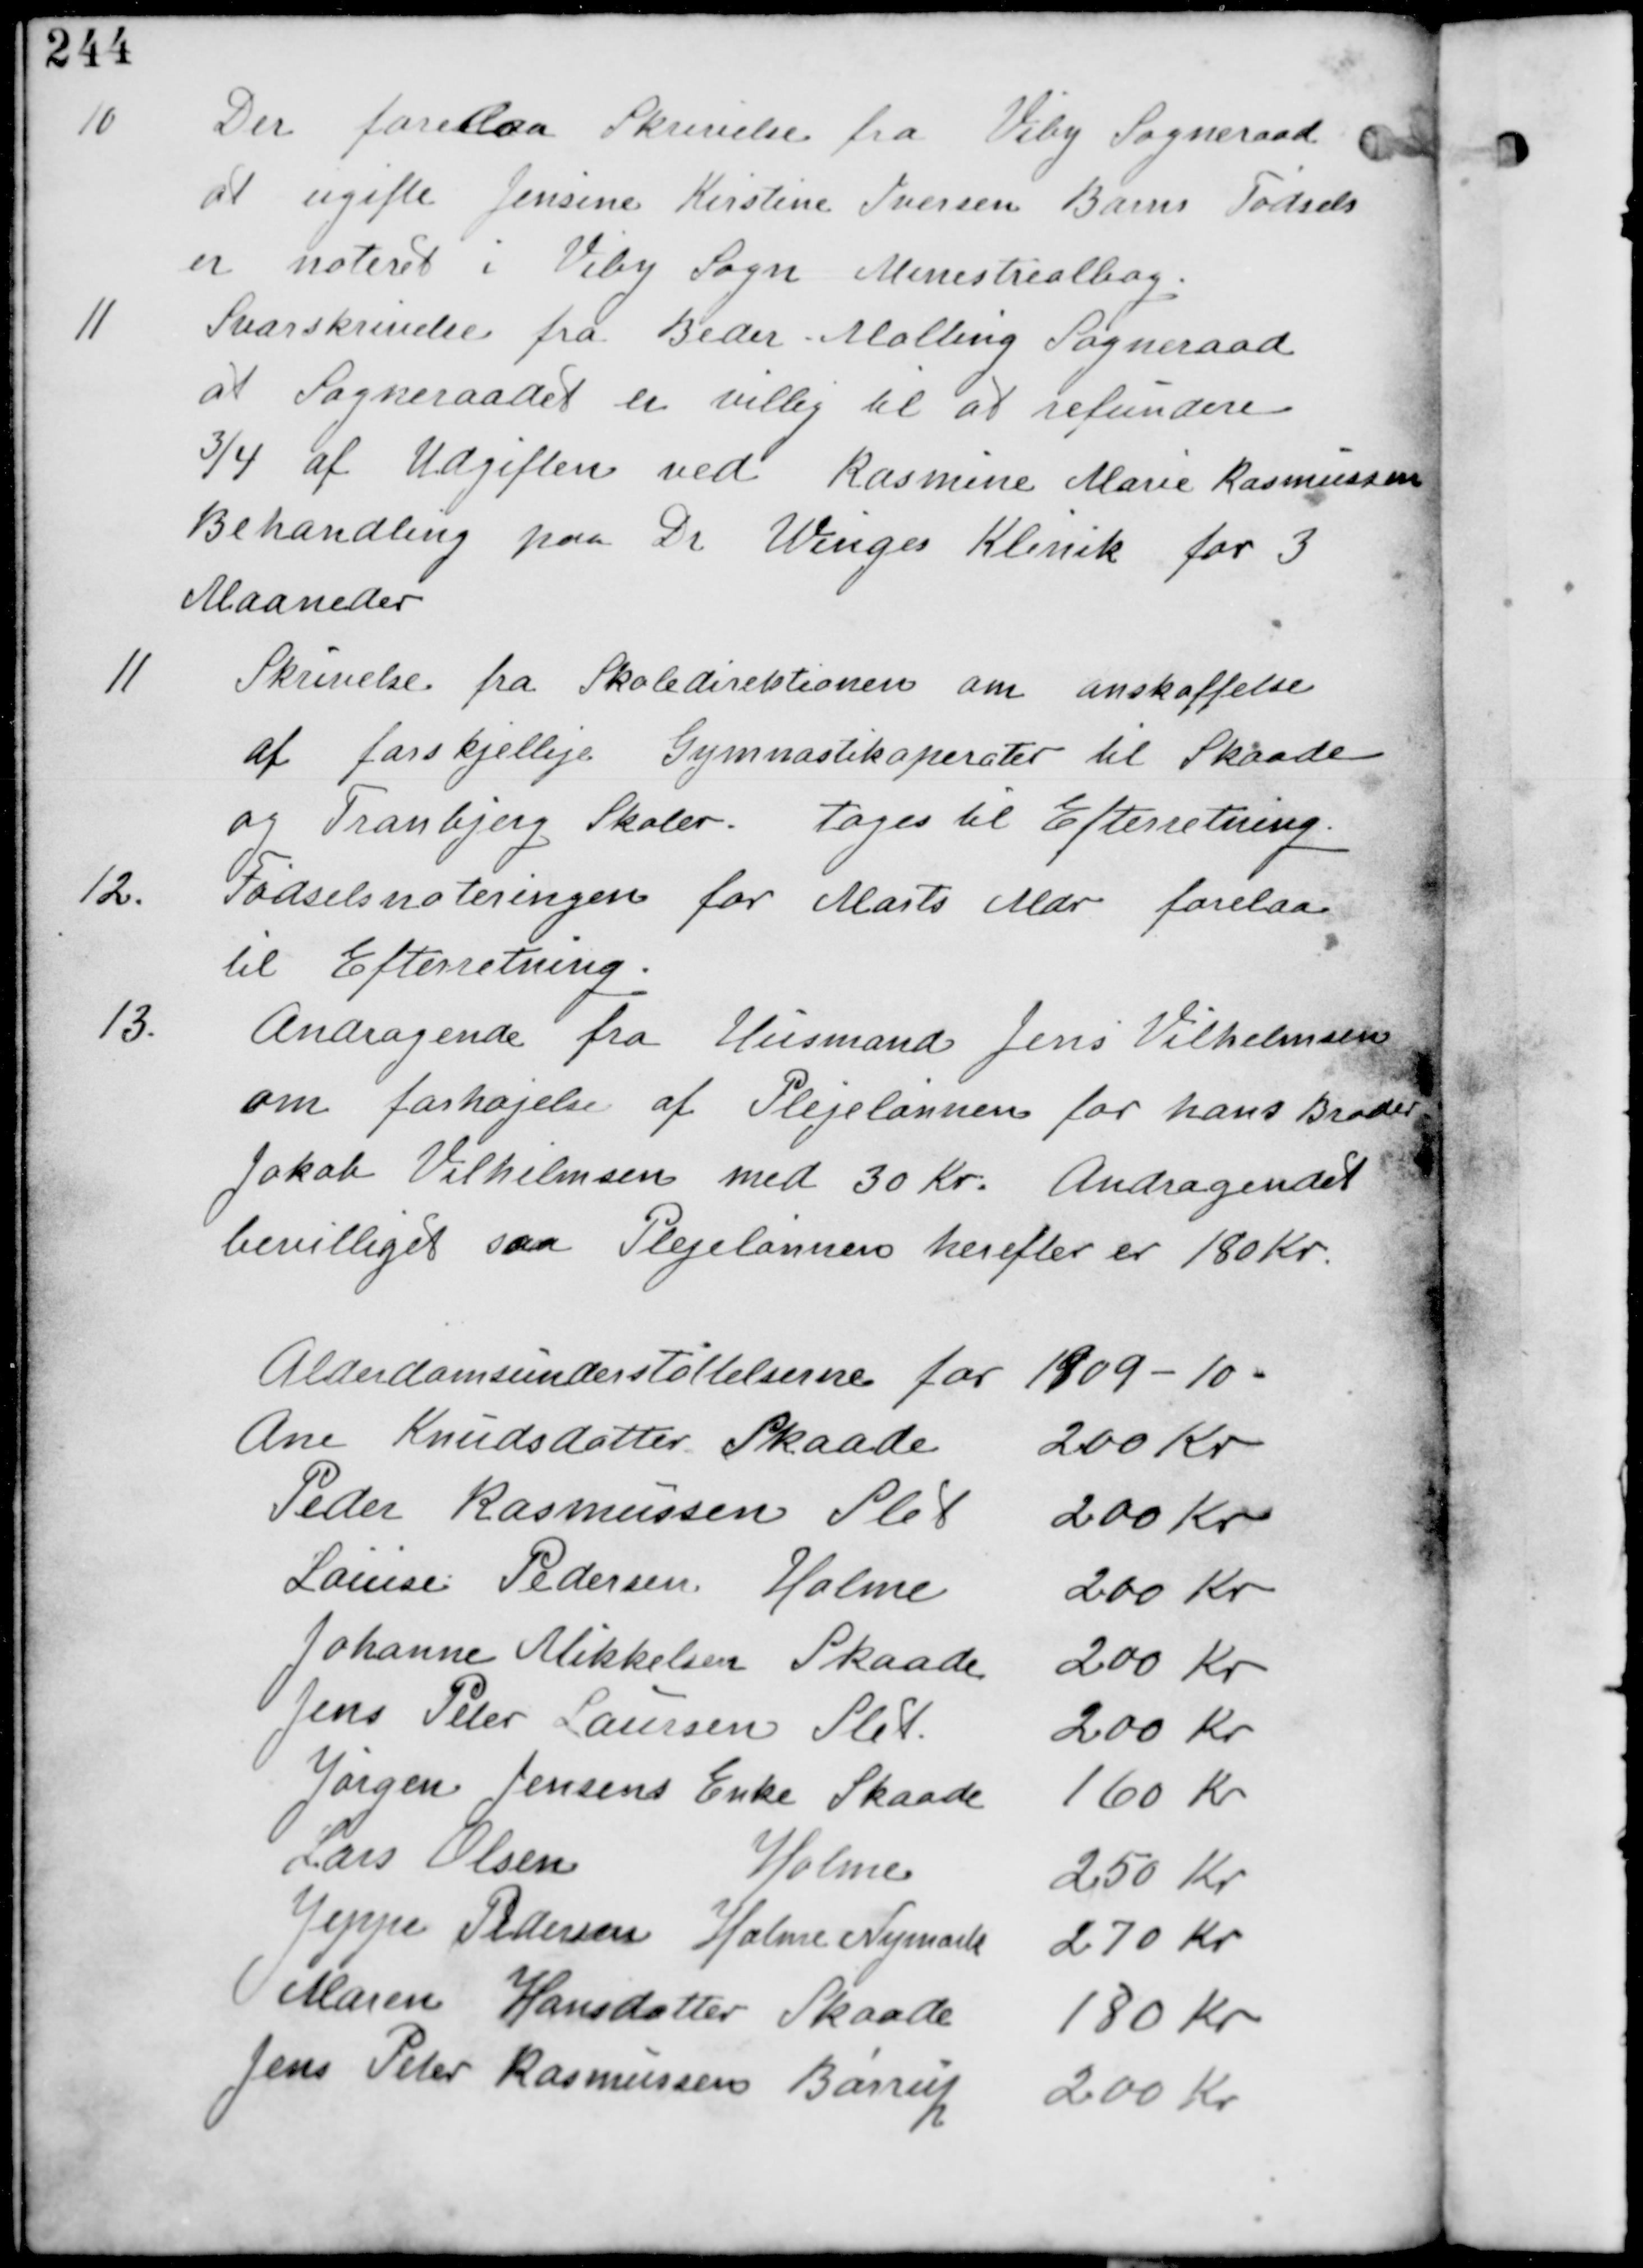
Transskription:
10
Der forelaa Skrivelse fra Viby Sogneraad
at ugifte Jensine Kirstine Ibersen Barns Fødsel
er noteret i Viby Sogn Minesterialbog.

11
Svarskrivelse fra Beder Malling Sogneraad
at Sogneraadet er villig til at refundere
3/4 af Udgifterne ved Rasmine Marie Rasmussens
Behandling paa Dr Winges Klinik for 3
Maaneder.

11
Skrivelse fra Skoledirektionen om anskaffelse
af forskjellige Gymnastikapareter til Skaade
og Tranbjerg Skoler. tages til Efterretning.

12.
Fødselsnoteringerne for Marts Mdr forelaa
til Efterretning.

13.
Andragende fra Husmand Jens Vilhelmsen
om forhøjelse af Plejelønnen for hans Broder
Jakob Vilhelmsen med 30 Kr. Andragendet
bevilliget saa Plejelønnen herefter er 180 Kr.

Alderdomsunderstøttelserne for 1909-10:
Ane Knudsdatter Skaade 200 Kr
Peder Rasmussen Slet 200 Kr
Louise Pedersen Holme 200 Kr
Johanne Mikkelsen Skaade 200 Kr
Jens Peter Laursen Slet 200 Kr
Jørgen Jensens Enke Skaade 160 Kr
Lars Olsen Holme 250 Kr
Jeppe Pedersen Holme Nymark 270 Kr
Maren Hansdatter Skaade 180 Kr
Jens Peter Rasmussen Børrup 200 Kr.